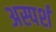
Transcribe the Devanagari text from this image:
अस्पर्श